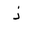
Letter: _thal